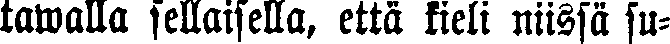
tawalla sellaisella, että kieli niissä su-